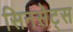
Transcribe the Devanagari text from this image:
सिनसेट्स